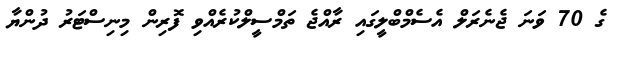
ގެ 70 ވަނަ ޖެނެރަލް އެސެމްބްލީގައި ރާއްޖެ ތަމްސީލްކުރެއްވި ފޮރިން މިނިސްޓަރު ދުންޔާ